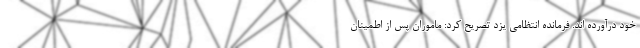
خود درآورده اند. فرمانده انتظامی یزد تصریح کرد: ماموران پس از اطمینان